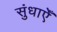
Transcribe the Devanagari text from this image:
सुंधाएँ